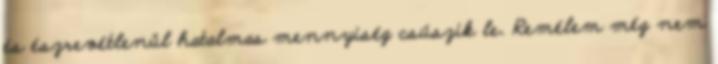
és észrevétlenül hatalmas mennyiség csúszik le. Remélem még nem